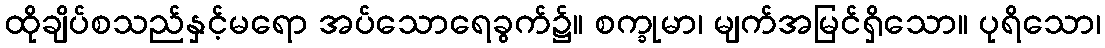
ထိုချိပ်စသည်နှင့်မရော အပ်သောရေခွက်၌။ စက္ခုမာ၊ မျက်အမြင်ရှိသော။ ပုရိသော၊